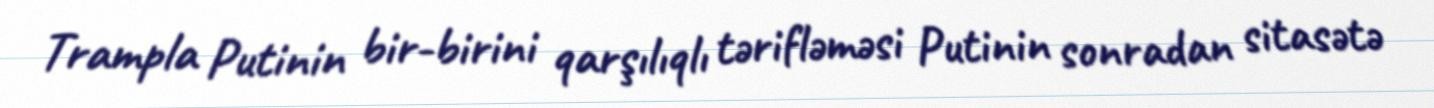
Trampla Putinin bir-birini qarşılıqlı tərifləməsi Putinin sonradan sitasətə